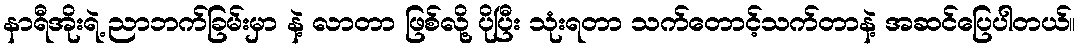
နာရီအိုးရဲ့ ညာဘက်ခြမ်းမှာ နဲ့ လာတာ ဖြစ်လို့ ပိုပြီး သုံးရတာ သက်တောင့်သက်တာနဲ့ အဆင်ပြေပါတယ်။